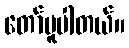
တော်မူပါတယ်။